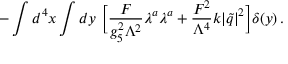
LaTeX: - \int d ^ { 4 } x \int d y \, \, \Big [ \frac { F } { g _ { 5 } ^ { 2 } \Lambda ^ { 2 } } \lambda ^ { a } \lambda ^ { a } + \frac { F ^ { 2 } } { \Lambda ^ { 4 } } k | { \widetilde q } | ^ { 2 } \Big ] \delta ( y ) \, .